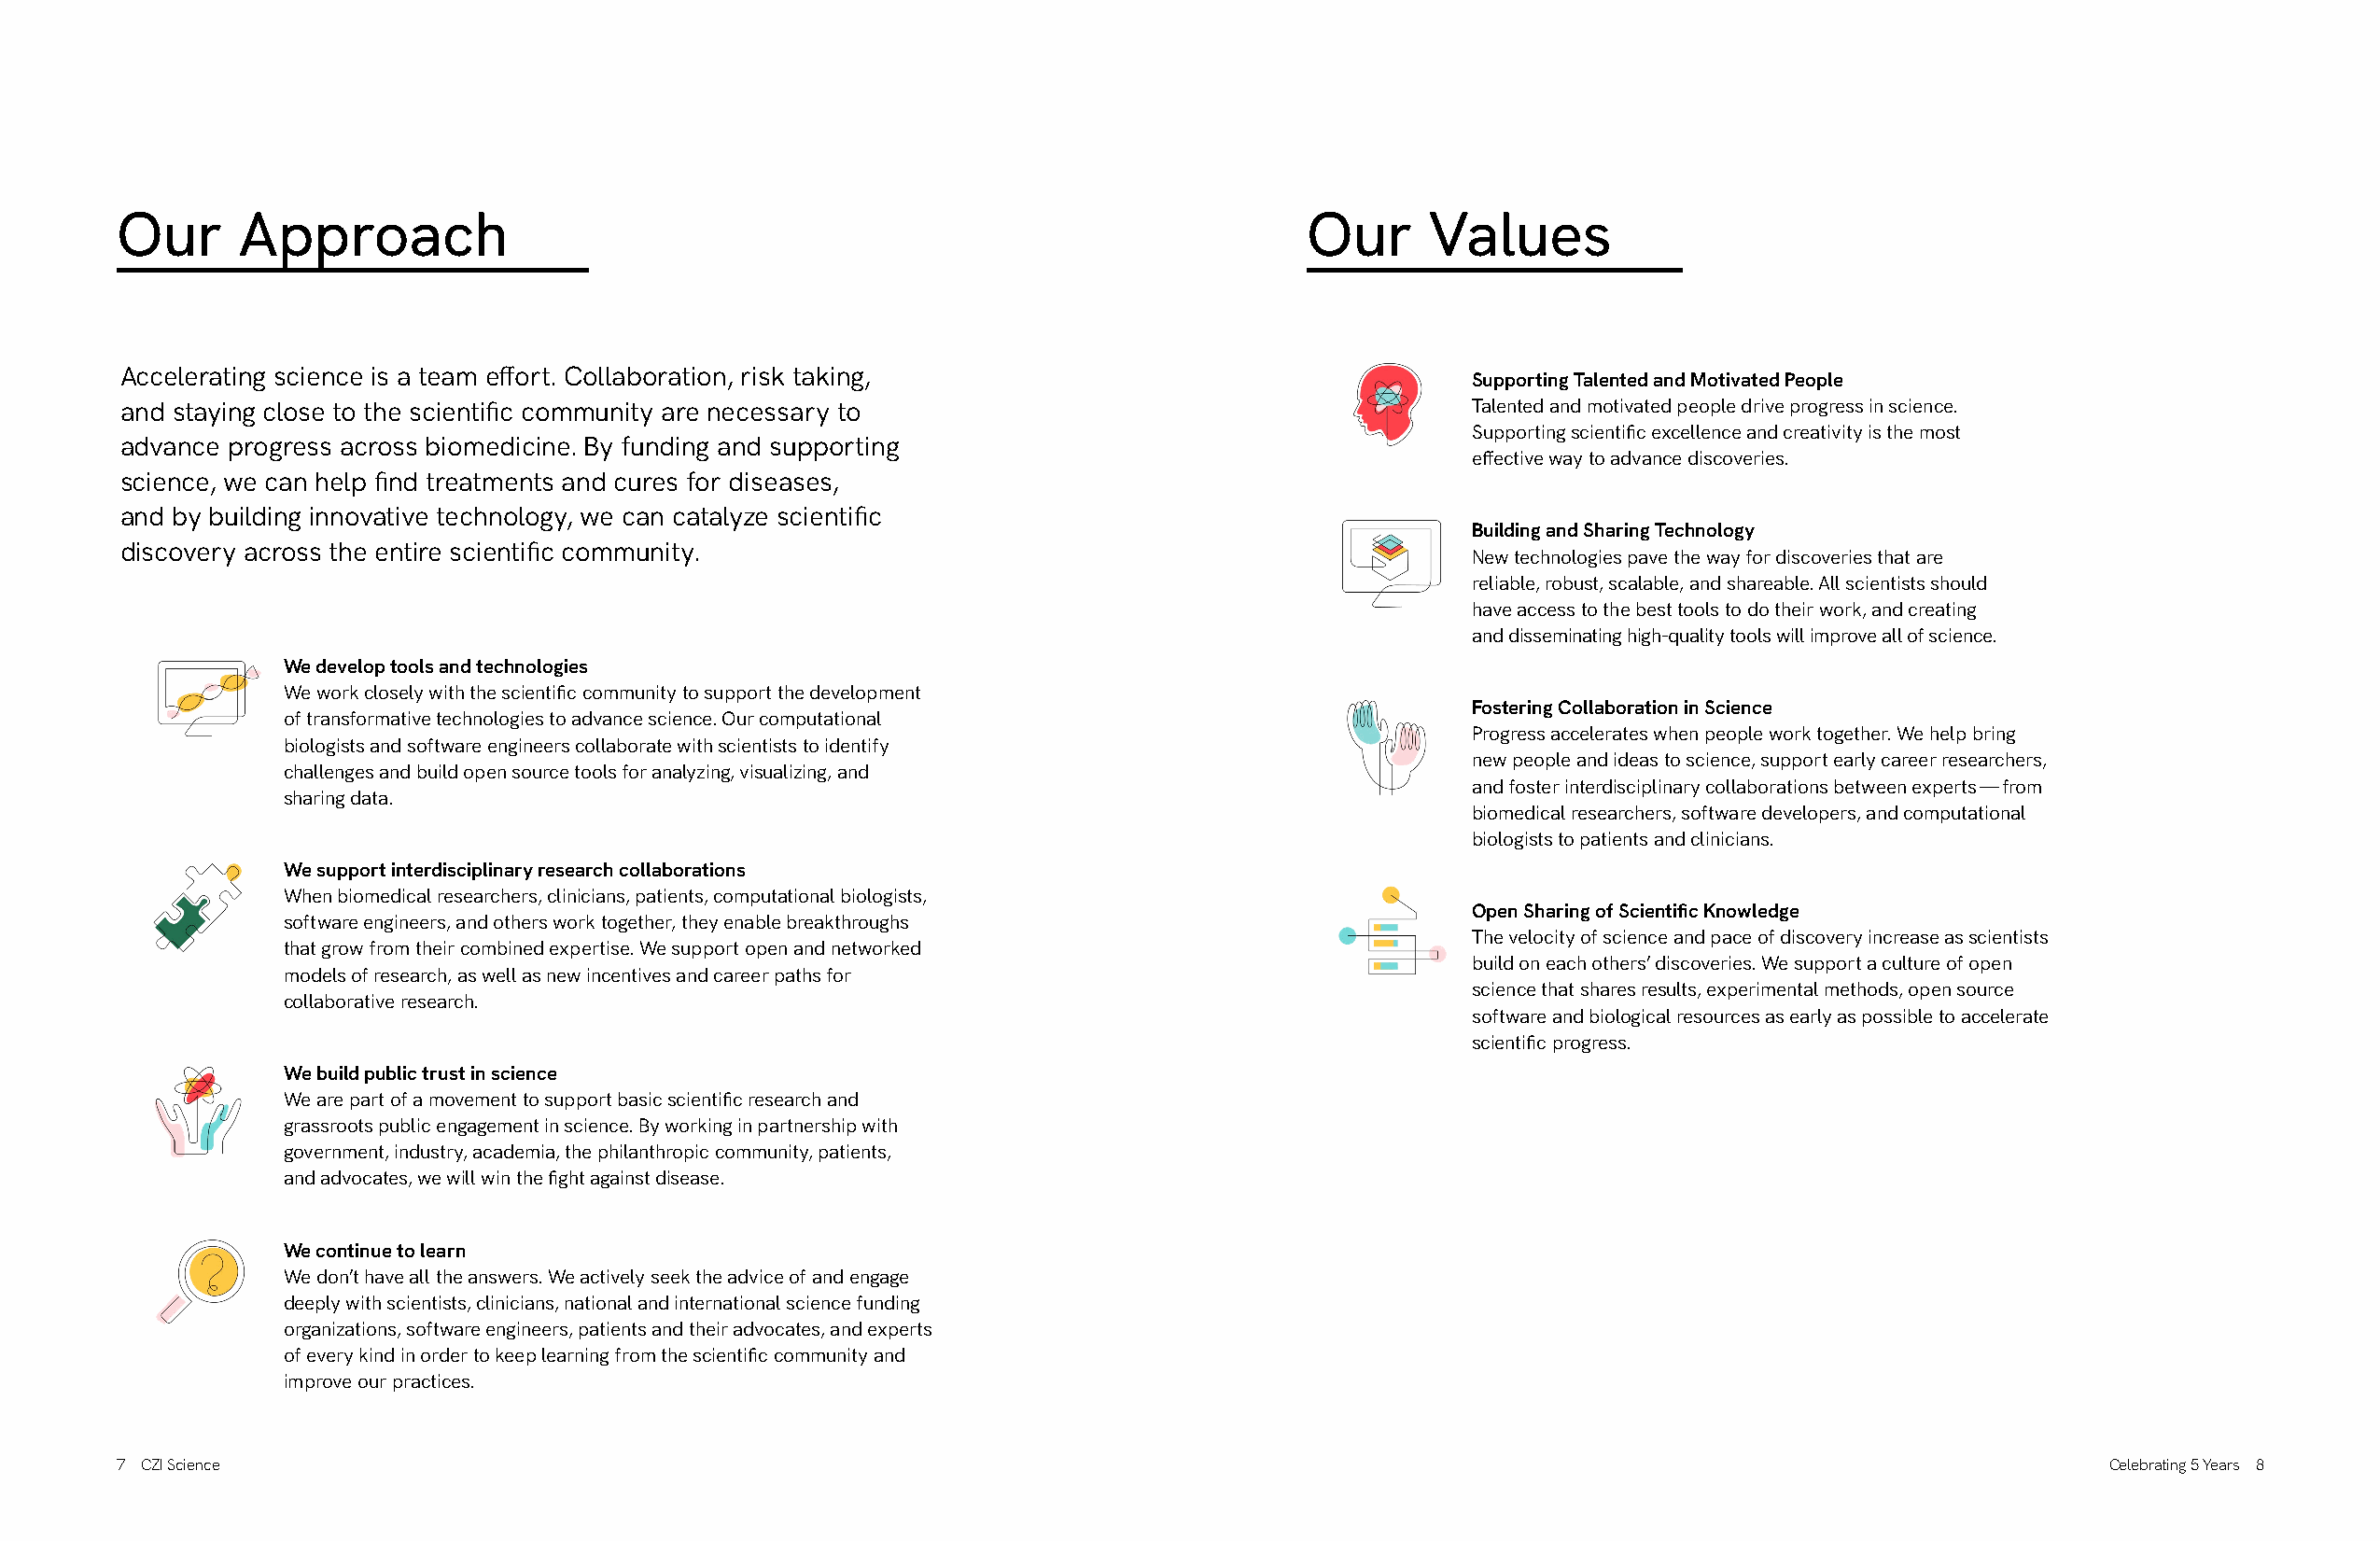
Our      Approach                                                                    Our     Values
 Accelerating science is a team effort. Collaboration, risk taking,
 Supporting Talented and Motivated People
 and staying close to the scientific community are necessary to                                 Talented and motivated people drive progress in science.
 Supporting scientific excellence and creativity is the most
 advance progress across biomedicine. By funding and supporting
 effective way to advance discoveries.
 science, we can help find treatments and cures for diseases,
 and by building innovative technology, we can catalyze scientific
 Building and Sharing Technology
 discovery across the entire scientific community.
 New technologies pave the way for discoveries that are
 reliable, robust, scalable, and shareable. All scientists should
 have access to the best tools to do their work, and creating
 and disseminating high-quality tools will improve all of science.
 We develop tools and technologies
 We work closely with the scientific community to support the development
 Fostering Collaboration in Science
 of transformative technologies to advance science. Our computational
 Progress accelerates when people work together. We help bring
 biologists and software engineers collaborate with scientists to identify
 new people and ideas to science, support early career researchers,
 challenges and build open source tools for analyzing, visualizing, and
 and foster interdisciplinary collaborations between experts — from
 sharing data.
 biomedical researchers, software developers, and computational
 biologists to patients and clinicians.
 We support interdisciplinary research collaborations
 When biomedical researchers, clinicians, patients, computational biologists,
 Open Sharing of Scientific Knowledge
 software engineers, and others work together, they enable breakthroughs
 The velocity of science and pace of discovery increase as scientists
 that grow from their combined expertise. We support open and networked
 build on each others’ discoveries. We support a culture of open
 models of research, as well as new incentives and career paths for
 science that shares results, experimental methods, open source
 collaborative research.
 software and biological resources as early as possible to accelerate
 scientific progress.
 We build public trust in science
 We are part of a movement to support basic scientific research and
 grassroots public engagement in science. By working in partnership with
 government, industry, academia, the philanthropic community, patients,
 and advocates, we will win the fight against disease.
 We continue to learn
 We don’t have all the answers. We actively seek the advice of and engage
 deeply with scientists, clinicians, national and international science funding
 organizations, software engineers, patients and their advocates, and experts
 of every kind in order to keep learning from the scientific community and
 improve our practices.
 7 CZI Science                                                                                                                                 Celebrating 5 Years 8